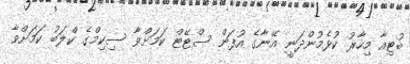
ބުޓިއާ މިހާރު ކުޅެމުންދަނީ އޭނާގެ އުފަން ސްޓޭޓް ކަމަށްވާ ސިކިމްގެ ކްލަބު ކަމަށްވާ